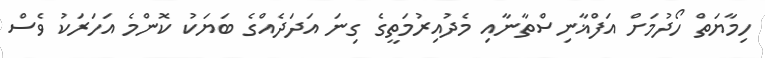
ހިމާޔަތް ހޯދުމަށް އަފްޣާނިސްތާނާއި މެދުއިރުމަތީގެ ގިނަ އަދަދެއްގެ ބަޔަކު ކޮންމެ އަހަރަކު ވެސް